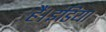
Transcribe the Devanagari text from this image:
हैं।इंडिया